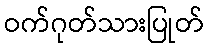
ဝက်ဂုတ်သားပြုတ်